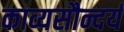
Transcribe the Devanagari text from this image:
काव्यसौन्दर्य